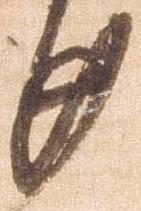
廿